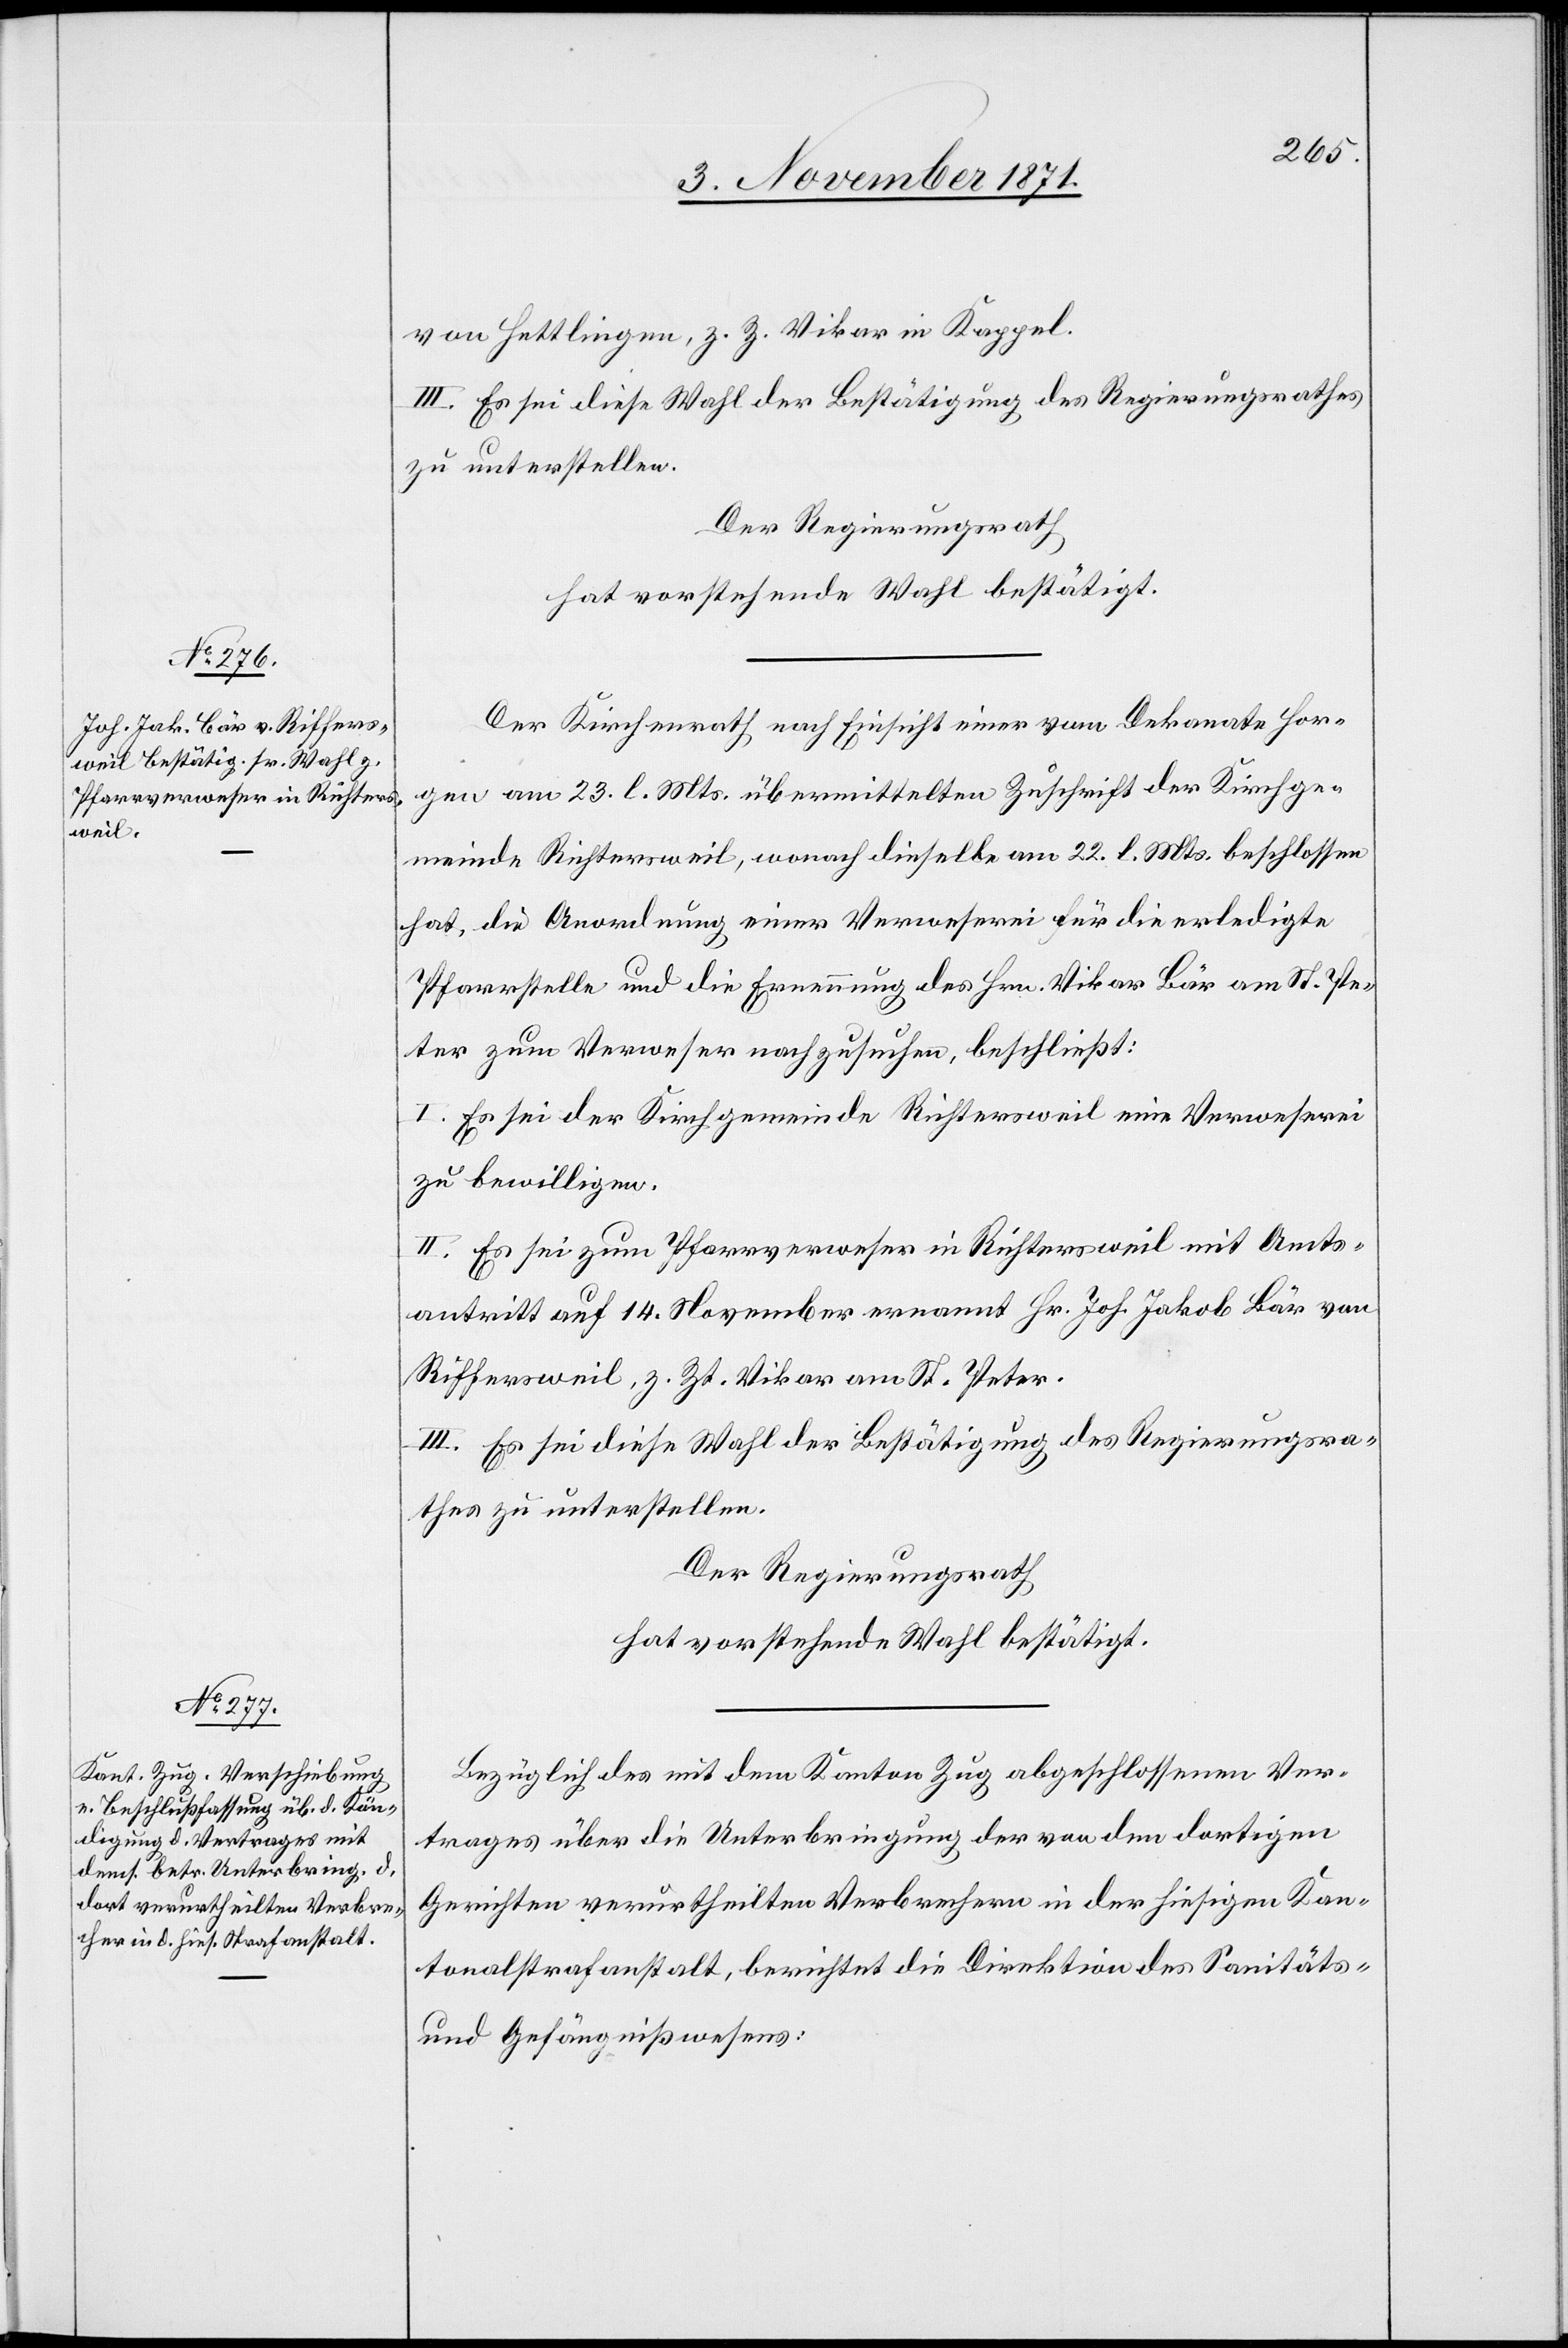
von Hettlingen, z. Z. Vikar in Kappel.
III. Es sei diese Wahl der Bestätigung des Regierungsrathes
zu unterstellen.
Der Regierungsrath
hat vorstehende Wahl bestätigt.
Der Kirchenrath nach Einsicht einer vom Dekanate Hor¬
gen am 23. l. Mts. übermittelten Zuschrift der Kirchge¬
meinde Richtersweil, wonach dieselbe am 22. l. Mts. beschlossen
hat, die Anordnung einer Verweserei für die erledigte
Pfarrstelle und die Ernennung des Hrn. Vikar Bär am St. Pe¬
ter zum Verweser nachzusuchen, beschließt:
I. Es sei der Kirchgemeinde Richtersweil eine Verweserei
zu bewilligen.
II. Es sei zum Pfarrverweser in Richtersweil mit Amts¬
antritt auf 14. November ernannt Hr. Joh. Jakob Bär von
Riffersweil, z. Zt. Vikar am St. Peter
III. Es sei diese Wahl der Bestätigung des Regierungsra¬
thes zu unterstellen.
Der Regierungsrath
hat vorstehende Wahl bestätigt.